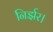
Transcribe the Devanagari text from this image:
निर्झर।